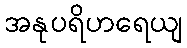
အနုပရိဟရေယျ